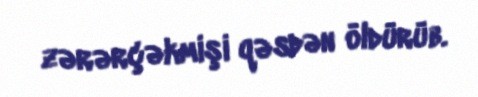
zərərçəkmişi qəsdən öldürüb.